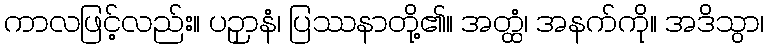
ကာလဖြင့်လည်း။ ပဉှာနံ၊ ပြဿနာတို့၏။ အတ္ထံ၊ အနက်ကို။ အဒိသွာ၊